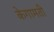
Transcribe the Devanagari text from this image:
केगामती